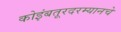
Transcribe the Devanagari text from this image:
कोइंबतूरदरम्यानचे